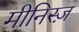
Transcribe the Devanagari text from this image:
मीनिस्ज़